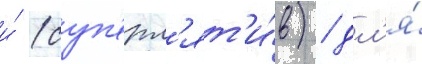
и́ (суп'ерл'ят'и́в) / дл'я́